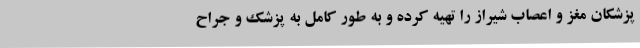
پزشکان مغز و اعصاب شیراز را تهیه کرده و به طور کامل به پزشک و جراح